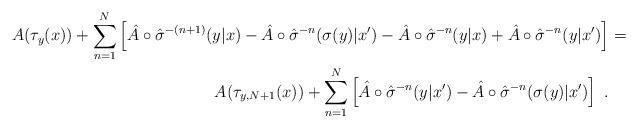
LaTeX: \begin{align*}A(\tau_y(x)) + \sum_{n=1}^N \left[ \hat{A} \circ \hat{\sigma}^{-(n+1)}(y|x) - \hat{A} \circ \hat{\sigma}^{-n}(\sigma(y)|x') - \hat{A} \circ \hat{\sigma}^{-n}(y|x) + \hat{A} \circ \hat{\sigma}^{-n}(y|x') \right] &= \\A(\tau_{y,N+1}(x)) + \sum_{n=1}^N \left[ \hat{A} \circ \hat{\sigma}^{-n}(y|x') - \hat{A} \circ \hat{\sigma}^{-n}(\sigma(y)|x') \right] \ .\end{align*}